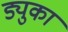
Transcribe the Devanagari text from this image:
ड्युका